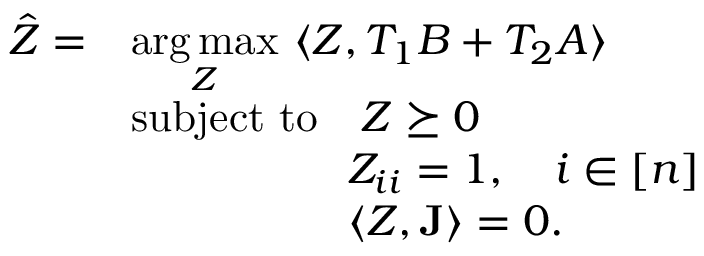
\begin{array} { r l } { \hat { Z } = } & { \underset { Z } { \arg \operatorname* { m a x } } ~ \langle Z , T _ { 1 } B + T _ { 2 } A \rangle } \\ & { \mathrm { s u b j e c t ~ t o } \quad Z \succeq 0 } \\ & { \quad \quad \quad \quad \quad Z _ { i i } = 1 , \quad i \in [ n ] } \\ & { \quad \quad \quad \quad \quad \langle Z , \mathbf { J } \rangle = 0 . } \end{array}